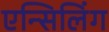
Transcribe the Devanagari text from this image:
एन्सिलिंग